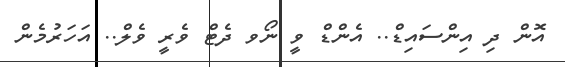
އޮން ދި އިންސައިޑް.. އެންޑް ވީ ނޯވ ދެޓް ވެރީ ވެލް.. އަހަރުމެން